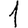
Digit: 1